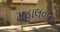
મહાલવાની